Karu_vallavalitsus_Parnumaal, lk 20
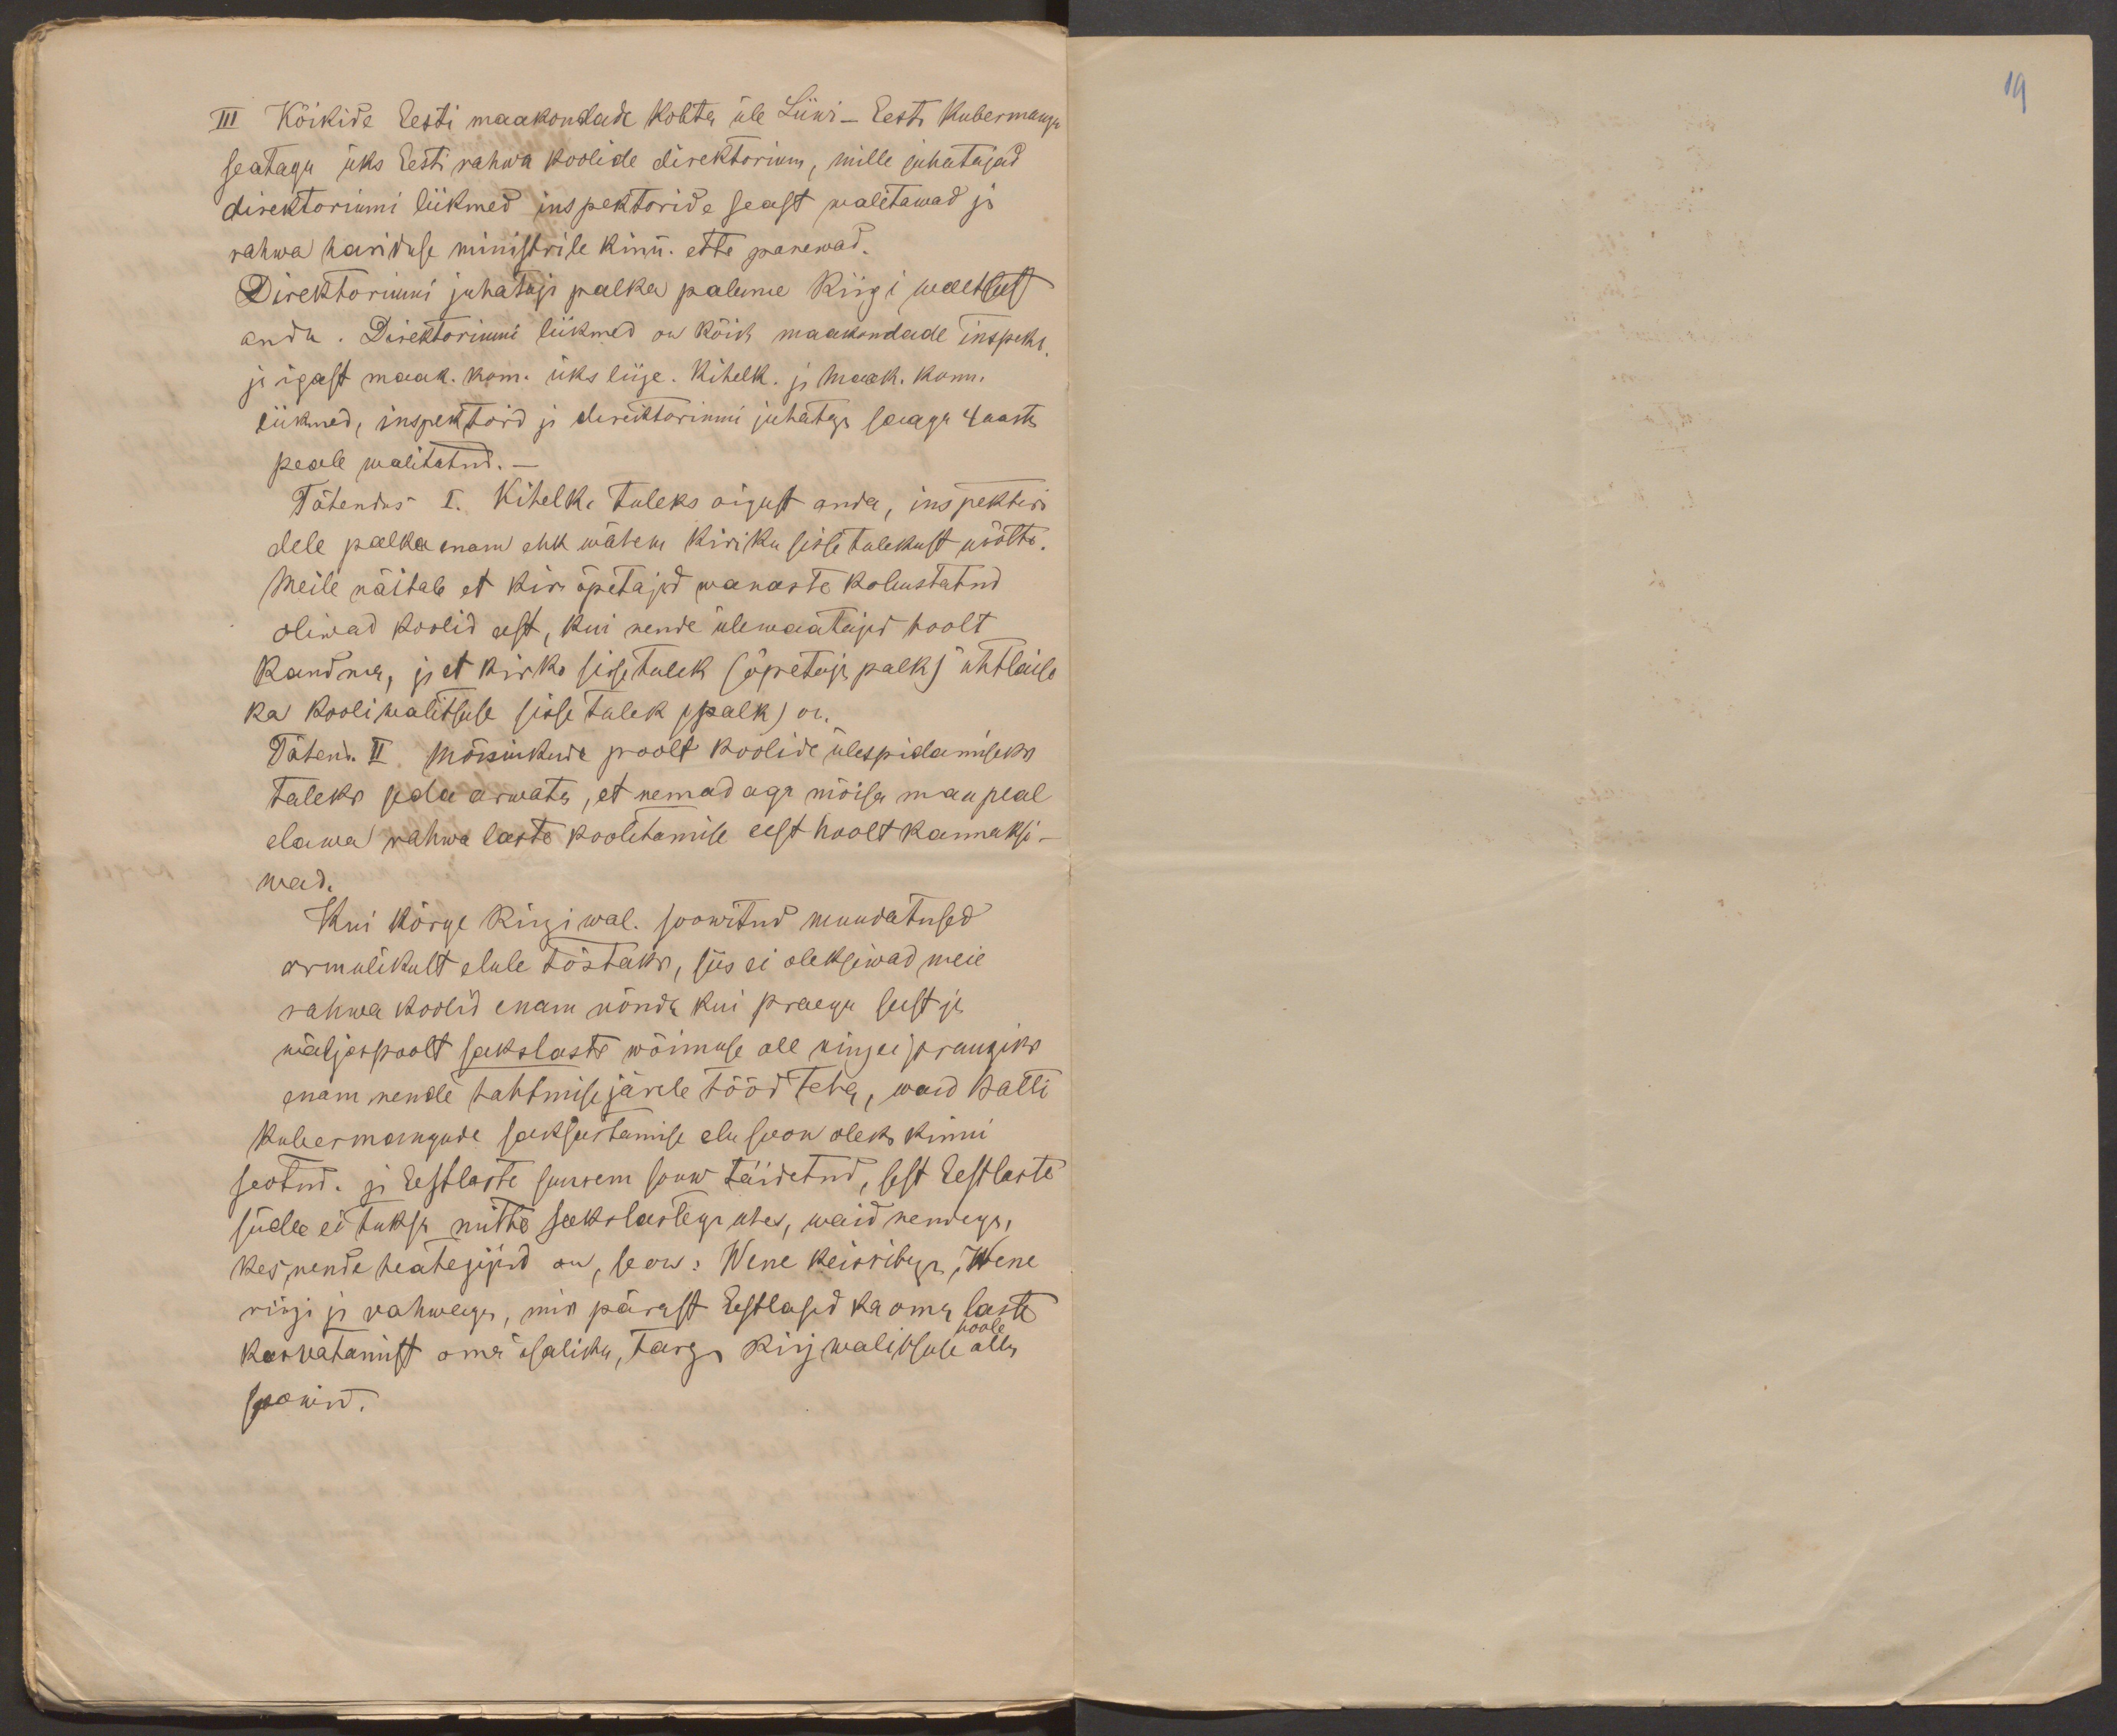
19

III Kõikide Eesti maakondade kohta üle Liiwi - Eesti Kubermangu
seatagu üks Eesti rahwa koolide direktorium, mille juhatajad
direktoriumi liikmed inspektoride seast walitawad ja
rahwa hariduse ministrile kinn. ette panewad.
Direktoriumi juhataja palka palume Riigi walitsust
anda. Direktoriumi liikmed on kõik maakondade inspekt.
ja igast maak. kom. üks liige. Kihelk. ja maak. kom.
liikmed, inspektorid ja direktoriumi juhataja saagu 4 aasta
peale walitatud._
Tähendus I. Kihelk. tuleks oigust anda, inspektori
dele palka enam ehk wähem kiriku sissetulekust wõtta.
Meile näitab et kir õpetajad wanaste kohustatud
oliwad koolid eest, kui nende ülewaatajad hoolt
kandma, ja et kirko sissetulek (õpetaja palk) ühtlaiso
ka kooli walitsuse sisse tulek (palk) on.
Tähend. II Mõisnikude poolt koolide ülespidamiseks
tuleks seda arwata, et nemad aga mõisa maa peal
elawa wahwa laste koolitamise eest hoolt kannaksi-
wad.
Kui kõrge Riigiwal. soowitud muudatused
armulikult elule tõstaks, siis ei oleksiwad meie
rahwa koolid enam nõnde kui praegu seest ja
wäljaspoolt sakslaste wõimuse all ning ei pruugiks
enam nende tahtmise järele tööd teha, waid Balti
kubermangude saksastamise elusoon oleks kinni
seotud. ja Eestlaste suurem soow täidetud, sest Eestlaste
süda ei tuksa mitte sakslastega uhes, waid nendega,
kes nende heatejijad on, se on: Wene keisritega, Wene
riigi ja rahwaga, mis pärast Eestlased ka oma laste
hoole
kasvatamist oma isaliku, targa Riigwalitsuse alla
soowind.